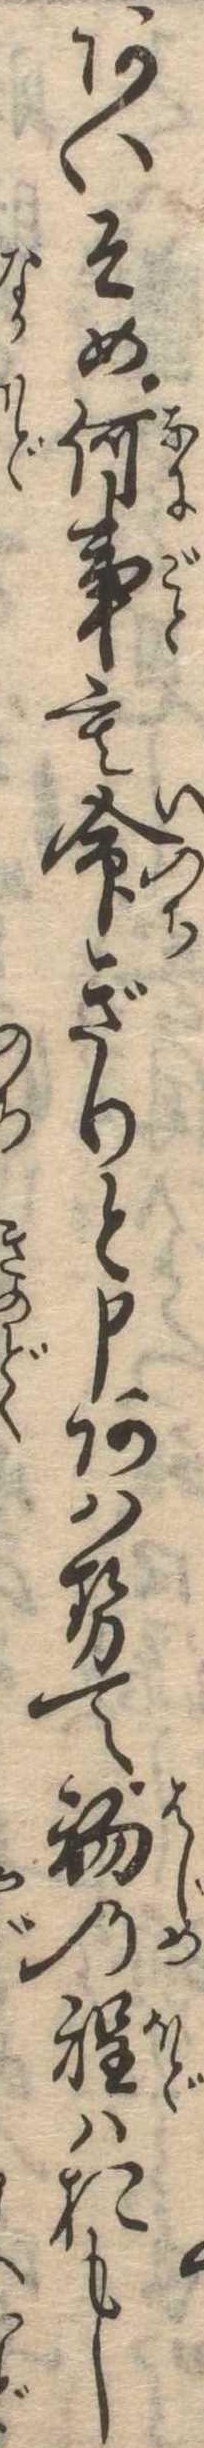
あいそめ何事も命ぎりと申あはせて初の程はおもし